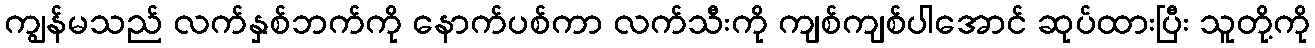
ကျွန်မသည် လက်နှစ်ဘက်ကို နောက်ပစ်ကာ လက်သီးကို ကျစ်ကျစ်ပါအောင် ဆုပ်ထားပြီး သူတို့ကို